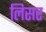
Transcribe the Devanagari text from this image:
लिसर